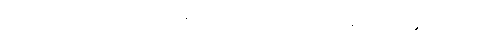
သက္ကတမှာလည်း အဲသလို တချောင်းငင်လိုလို သင်္ကေတလေးနဲ့ သရကိုချေတာရှိတယ်ဗျ။